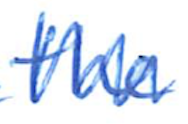
Text: the
Cross-out: zig-zag
Writing tool: ballpoint